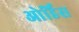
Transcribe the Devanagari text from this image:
ओर्डिस